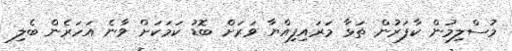
މުސްލިމުން ކާފަރުން ތަޅާ މަރައިފިއްޔާ ވަރަށް ބޮޑު ކަމަކަށް ވާނެ އަހަރެން ބެލި